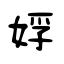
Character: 娐